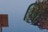
પિ